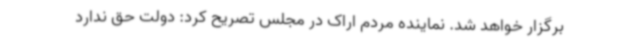
برگزار خواهد شد. نماینده مردم اراک در مجلس تصریح کرد: دولت حق ندارد